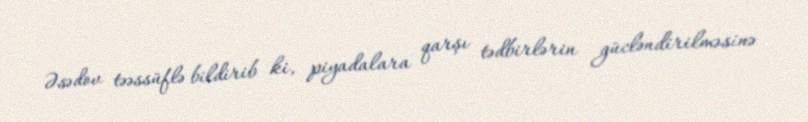
Əsədov təəssüflə bildirib ki, piyadalara qarşı tədbirlərin gücləndirilməsinə